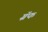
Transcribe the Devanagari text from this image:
ग्रॅफ